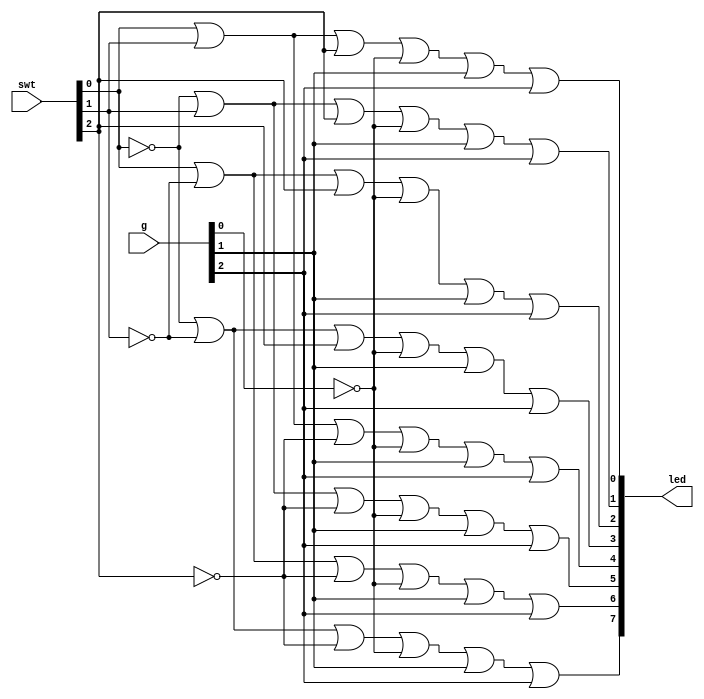
`timescale 1ns / 1ps
//////////////////////////////////////////////////////////////////////////////////
// Company: 
// Engineer: 
// 
// Design Name: 
// Module Name: 3_8_decoder
// Project Name: 
// Target Devices: 
// Tool Versions: 
// Description: 
// 
// Dependencies: 
// 
// Revision:
// Revision 0.01 - File Created
// Additional Comments:
// 
//////////////////////////////////////////////////////////////////////////////////


module decoder_3_8(
    input [2:0] swt,
    input [2:0] g,
    output [7:0] led
    );
    
    //use De Morgan's Law
    assign led[0]=swt[0] | swt[1] | swt[2]| ~g[0] | g[1] | g[2];
    assign led[1]=~swt[0] | swt[1] | swt[2]| ~g[0] | g[1] | g[2];
    assign led[2]=swt[0] | ~swt[1] | swt[2]| ~g[0] | g[1] | g[2];
    assign led[3]=~swt[0] | ~swt[1] | swt[2]| ~g[0] | g[1] | g[2];
    assign led[4]=swt[0] | swt[1] | ~swt[2]| ~g[0] | g[1] | g[2];
    assign led[5]=~swt[0] | swt[1] | ~swt[2]| ~g[0] | g[1] | g[2];
    assign led[6]=swt[0] | ~swt[1] | ~swt[2]| ~g[0] | g[1] | g[2];
    assign led[7]=~swt[0] | ~swt[1] | ~swt[2]| ~g[0] | g[1] | g[2];
    
endmodule